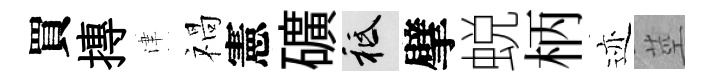
買摶津禍憲礦祇擘蜕柄迹莖